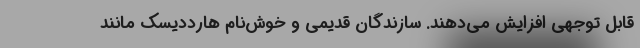
قابل توجهی افزایش می‌دهند. سازندگان قدیمی و خوش‌نام هارددیسک مانند